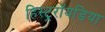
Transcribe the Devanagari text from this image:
हिस्ट्ररॉयडिया